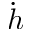
\dot { h }